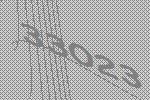
33023